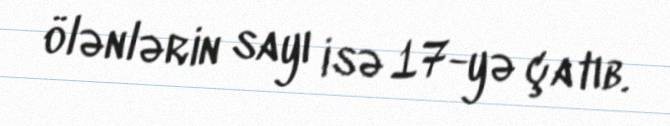
ölənlərin sayı isə 17-yə çatıb.